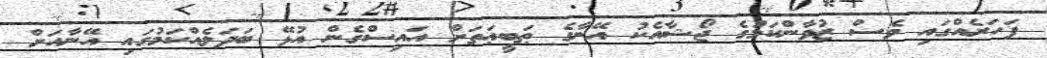
ފަހަރެއްގައި ވެސް ޒުވާންކަމުގެ ޖޯޝާއެކު އޭނާގެ ޠަބީޢަތަށް އައިސްގެން އުޅޭ ބަދަލެއްކަމުގައި އޭނާއަށް